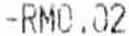
-RM0.02